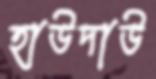
হাউদাউ